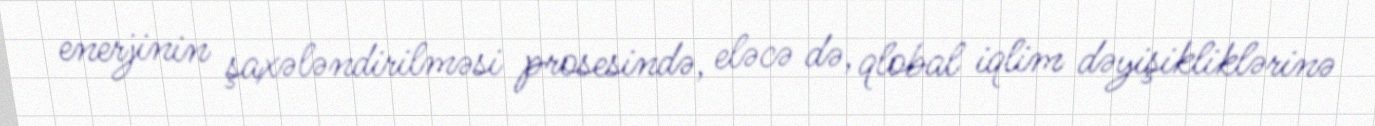
enerjinin şaxələndirilməsi prosesində, eləcə də, qlobal iqlim dəyişikliklərinə